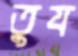
তুয